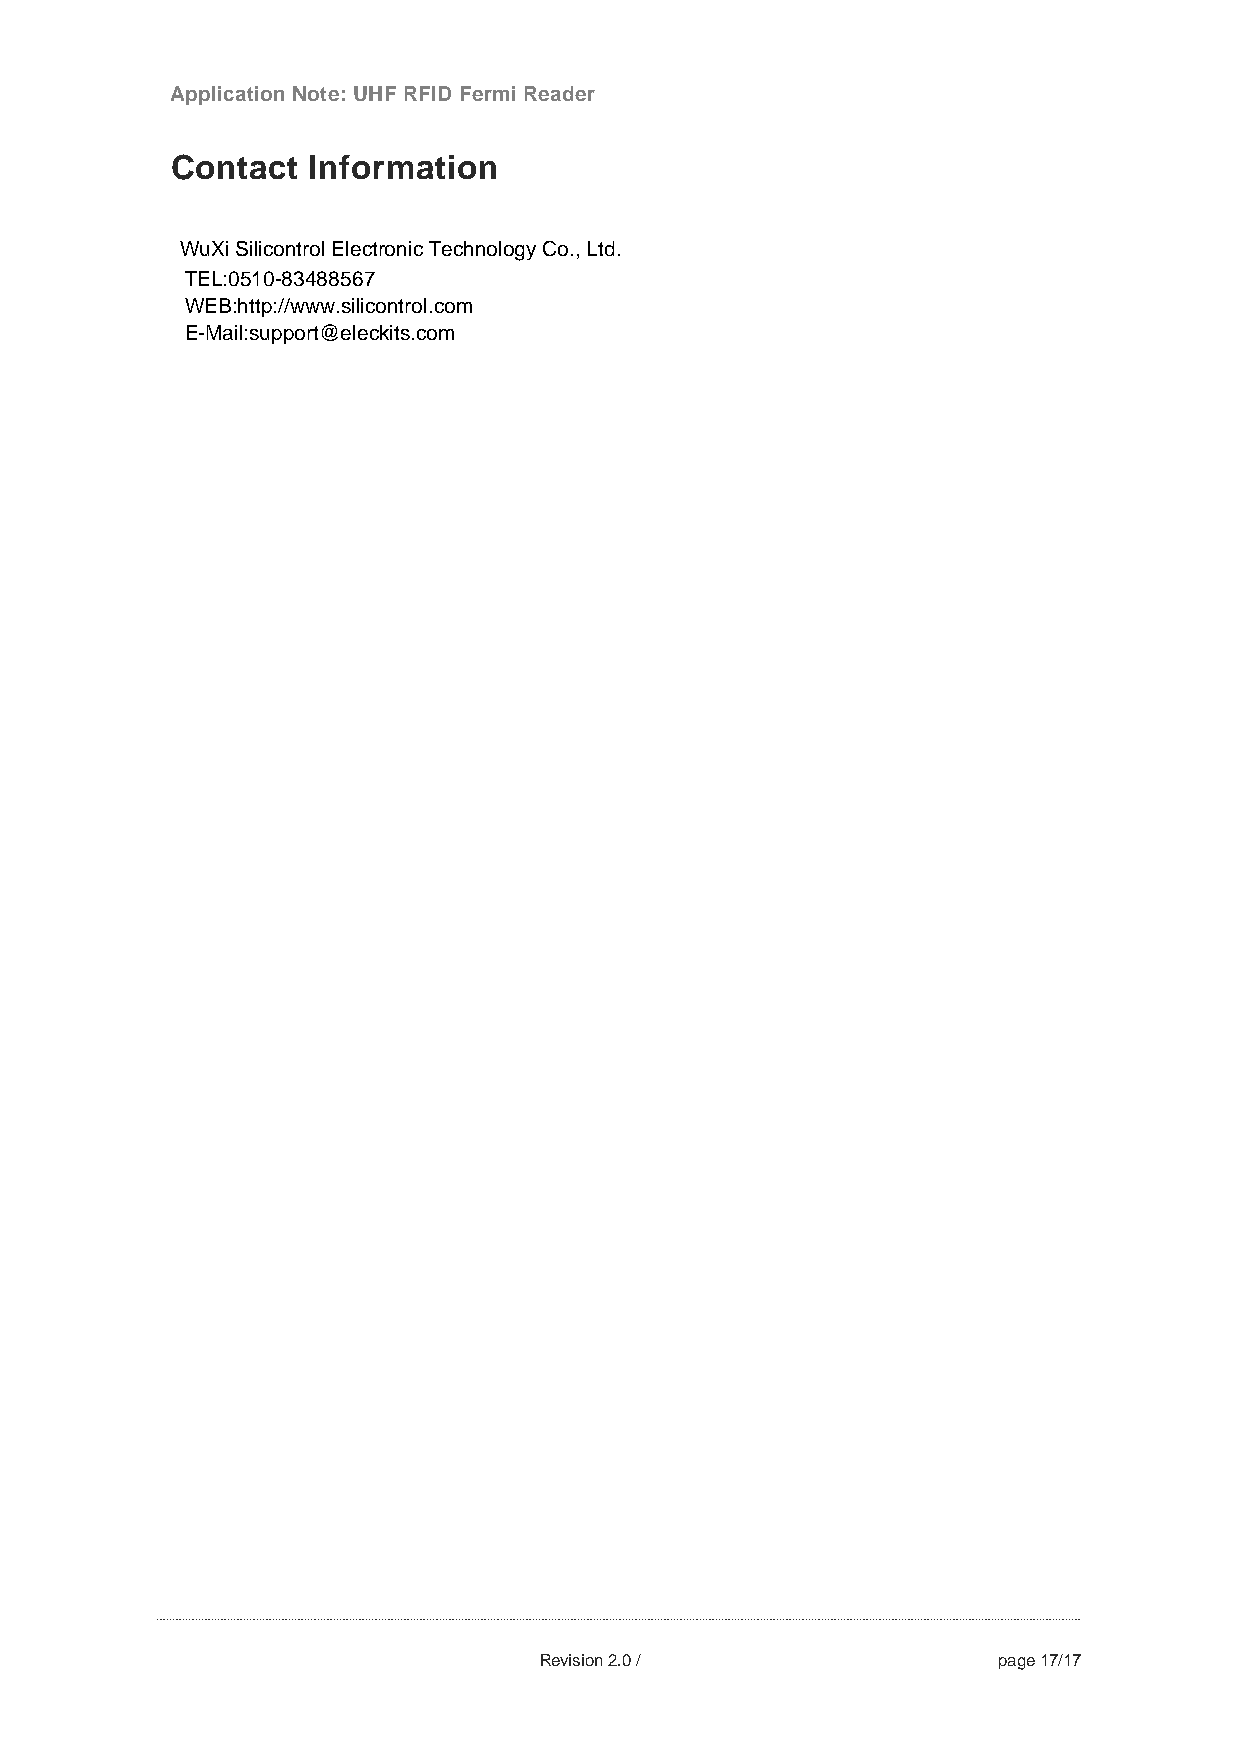
Application Note: UHF RFID Fermi Reader
 Contact  Information
 WuXi Silicontrol Electronic Technology Co., Ltd.
 TEL:0510-83488567
 WEB:http://www.silicontrol.com
 E-Mail:support@eleckits .com
 Revision 2.0 /                page 17/17